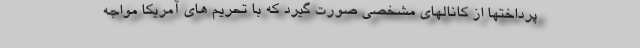
پرداختها از کانالهای مشخصی صورت گیرد که با تحریم های آمریکا مواجه